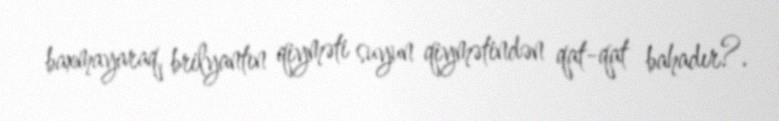
baxmayaraq, brilyantın qiyməti suyun qiymətindən qat-qat bahadır?.